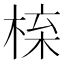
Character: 𭪱